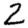
Digit: 2